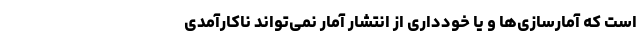
است که آمارسازی‌ها و یا خودداری از انتشار آمار نمی‌تواند ناکارآمدی